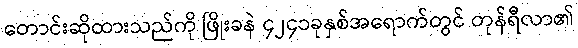
တောင်းဆိုထားသည်ကို ဖြိုးခနဲ ၄၂၄၁ခုနှစ်အရောက်တွင် တုန်ရီလာ၏